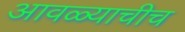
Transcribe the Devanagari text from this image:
आवळ्याचीच